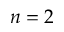
n = 2